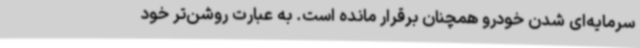
سرمایه‌ای شدن خودرو همچنان برقرار مانده است. به عبارت روشن‌تر خود